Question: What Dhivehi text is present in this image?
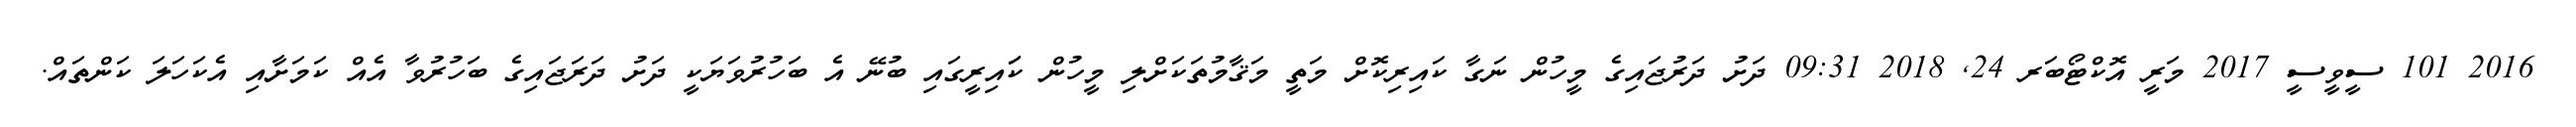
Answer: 2016 101 ސީވީސީ 2017 މަރީ އޮކްޓޯބަރ 24, 2018 09:31 ދަށު ދަރުޖައިގެ މީހުން ނަގާ ކައިރިކޮށް މަތީ މަޤާމުތަކަށްލި މީހުން ކަައިރީގައި ބުނޭ އެ ބަހުރުވަޔަކީ ދަށު ދަރަޖައިގެ ބަހުރުވާ އެއް ކަމަށާއި އެކަހަލަ ކަންތައް.